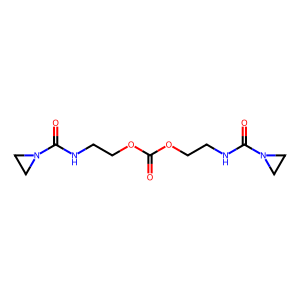
SMILES: O=C(OCCNC(=O)N1CC1)OCCNC(=O)N1CC1
Inhibits HIV replication: No